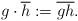
LaTeX: \begin{align*}g \cdot \overline{h} := \overline{gh}.\end{align*}